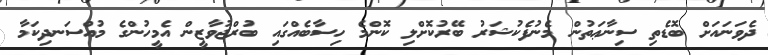
ދެވަނައަށް ބޮޑެތި ސިނާޢަތުން މެނުފެކުޝަރު ބޭރުކޮށްލި ކޮންމެ ހިސާބެއްގައި ބުރްޖުވާޒީން އެމީހުންގެ މުއްސަނދިކަމާ